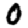
Digit: 0